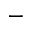
-